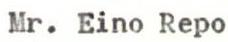
Mr. Eino Repo